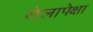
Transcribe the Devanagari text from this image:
तेलापेक्षा